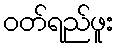
ဝတ်ရည်ဖူး